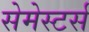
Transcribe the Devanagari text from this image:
सेमेस्टर्स